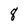
Character: 8